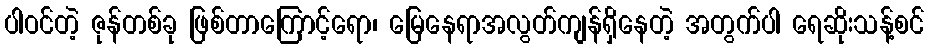
ပါဝင်တဲ့ ဇုန်တစ်ခု ဖြစ်တာကြောင့်ရော၊ မြေနေရာအလွတ်ကျန်ရှိနေတဲ့ အတွက်ပါ ရေဆိုးသန့်စင်